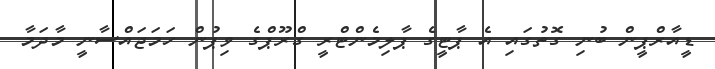
ޑީއާރްޕީން ބުނި ގޮތުގައި އެ ޕާޓީގެ ޕާލިމެންޓްރީ ގްރޫޕްގެ ވިޕުން ހަމަޖައްސާނީ މާދަމާ